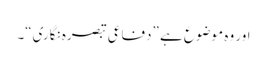
اور وہ موضوع ہے ”دفاعی تبصرہ نگاری“۔